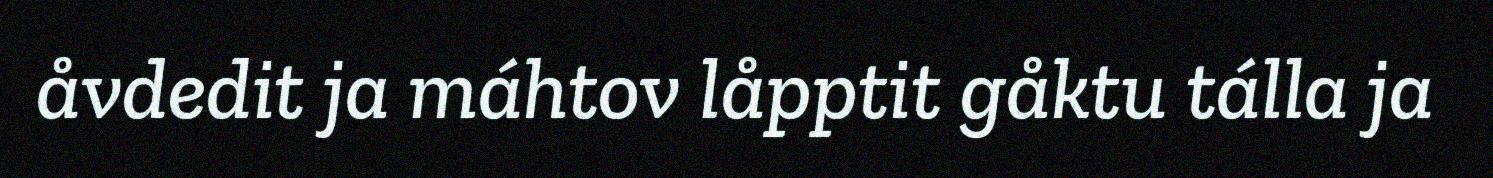
åvdedit ja máhtov låpptit gåktu tálla ja